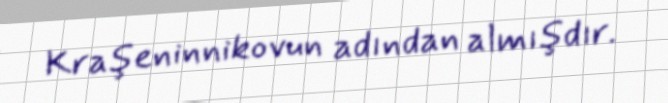
Kraşeninnikovun adından almışdır.